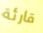
قارئة